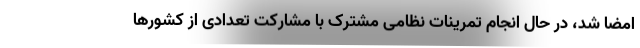
امضا شد، در حال انجام تمرینات نظامی مشترک با مشارکت تعدادی از کشورها